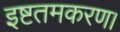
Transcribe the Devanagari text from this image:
इष्टतमकरण।